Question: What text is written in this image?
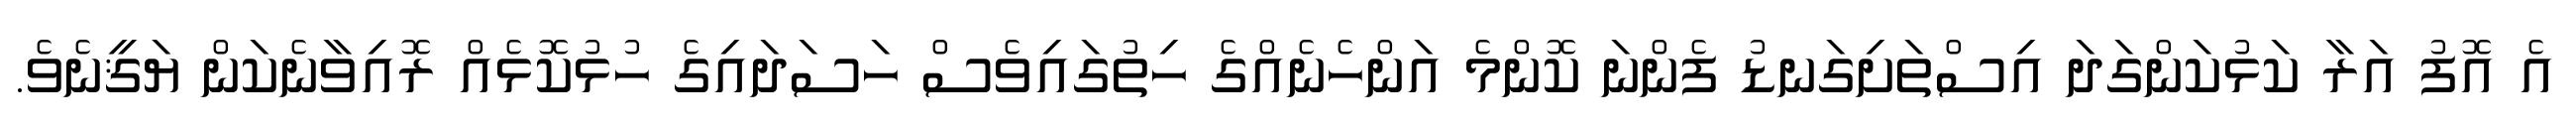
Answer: އެ އޮފު އަރާ ކަޅުކަންގަދަ އިސްތަށިގަނޑު ފެންނަ ކޮންމެ އަންހެނެއްގެ ހިތުގައިވެސް ހަސަދައިގެ ހުޅުކޮޅެއް ރޮއިވާނެކަން ޔަޤީނެވެ.